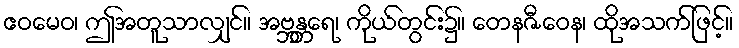
ဧဝမေဝ၊ ဤအတူသာလျှင်။ အဗ္ဘန္တရေ၊ ကိုယ်တွင်း၌။ တေနဇီဝေန၊ ထိုအသက်ဖြင့်။